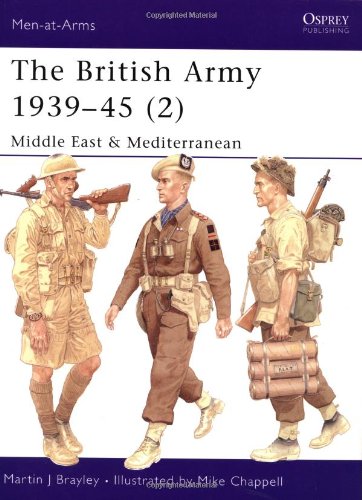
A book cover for The British Army 1939-45 (2): Middle East & Mediterranean (Men-at-Arms) (Pt. 2); Martin Brayley; History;